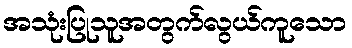
အသုံးပြုသူအတွက်လွယ်ကူသော